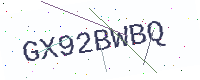
Text: GX92BWBQ